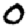
Digit: 0